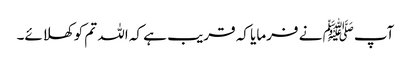
آپﷺ نے فرمایا کہ قریب ہے کہ اللہ تم کو کھلائے۔